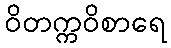
ဝိတက္ကဝိစာရေ